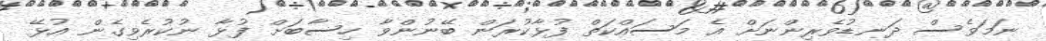
ނަމަވެސް ދަނޑުވެރިންނަށް އެ މަސައްކަތް ފުޅާކުރަން ބޭނުންވާ ހިސާބަށް ފުޅާ ނުކުރެވިގެން އުޅޭ